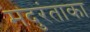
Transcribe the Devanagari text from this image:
मदुरंताका